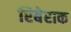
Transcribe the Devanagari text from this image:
रिबेराक